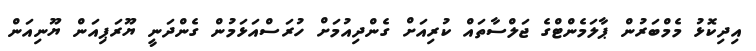
އިދިކޮޅު މެމްބަރުން ޕާލަމެންޓްގެ ޖަލްސާތައް ކުރިއަށް ގެންދިއުމަށް ހުރަސްއަޅަމުން ގެންދަނީ ޔޫރަޕިއަން ޔޫނިއަން